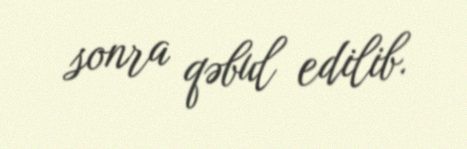
sonra qəbul edilib.